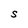
Character: S